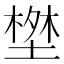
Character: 𭏝